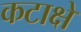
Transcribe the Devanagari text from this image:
कटाक्षे